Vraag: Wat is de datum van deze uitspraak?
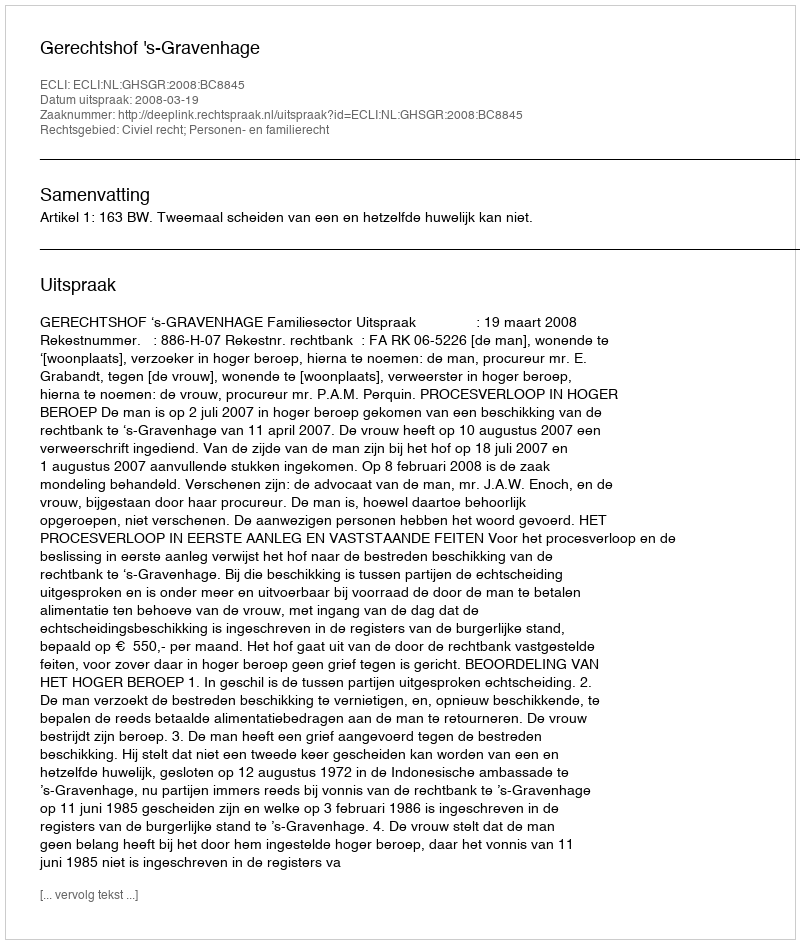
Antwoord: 2008-03-19